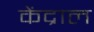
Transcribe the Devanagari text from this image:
केंद्राल